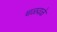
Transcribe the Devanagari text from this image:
चळवळे